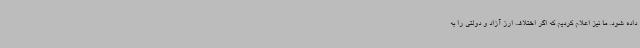
داده شود. ما نیز اعلام کردیم که اگر اختلاف ارز آزاد و دولتی را به